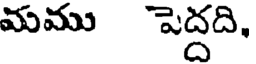
మము పెద్దది,